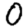
Digit: 0